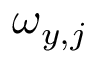
\omega _ { y , j }